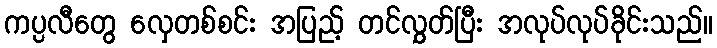
ကပ္ပလီတွေ လှေတစ်စင်း အပြည့် တင်လွှတ်ပြီး အလုပ်လုပ်ခိုင်းသည်။